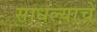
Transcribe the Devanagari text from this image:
साधल्याचे